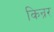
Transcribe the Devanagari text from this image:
किन्रर